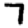
Digit: 7